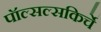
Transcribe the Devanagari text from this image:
पॉल्सल्सकिर्चे